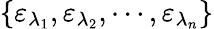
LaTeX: \left\{ {{\varepsilon}_{{\lambda}_{1}}},{{\varepsilon}_{{\lambda}_{2}}},\cdots,{{\varepsilon}_{{\lambda}_{n}}}\right\}